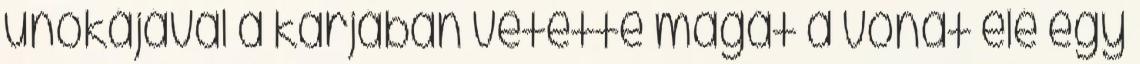
unokájával a karjában vetette magát a vonat elé egy